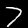
Digit: 7